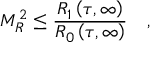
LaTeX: M _ { R } ^ { 2 } \le \frac { R _ { 1 } \left( \tau , \infty \right) } { R _ { 0 } \left( \tau , \infty \right) } \quad ,